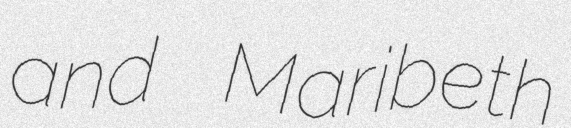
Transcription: and Maribeth